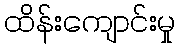
ထိန်းကျောင်းမှု